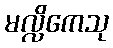
မလ္လိကေသု